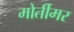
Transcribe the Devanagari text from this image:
मोर्तीमर